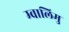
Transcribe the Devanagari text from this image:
म्वालिमु